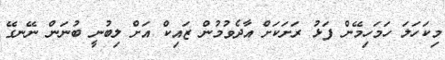
މިކަހަލަ ހަމަހިމޭން ފަޅު ރަށަކަށް އާދެވުމުން ޒައިކް އަށް ލިބުނީ ބުނަން ނޭނގޭ